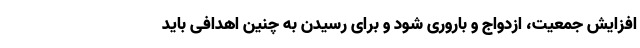
افزایش جمعیت، ازدواج و باروری شود و برای رسیدن به چنین اهدافی باید